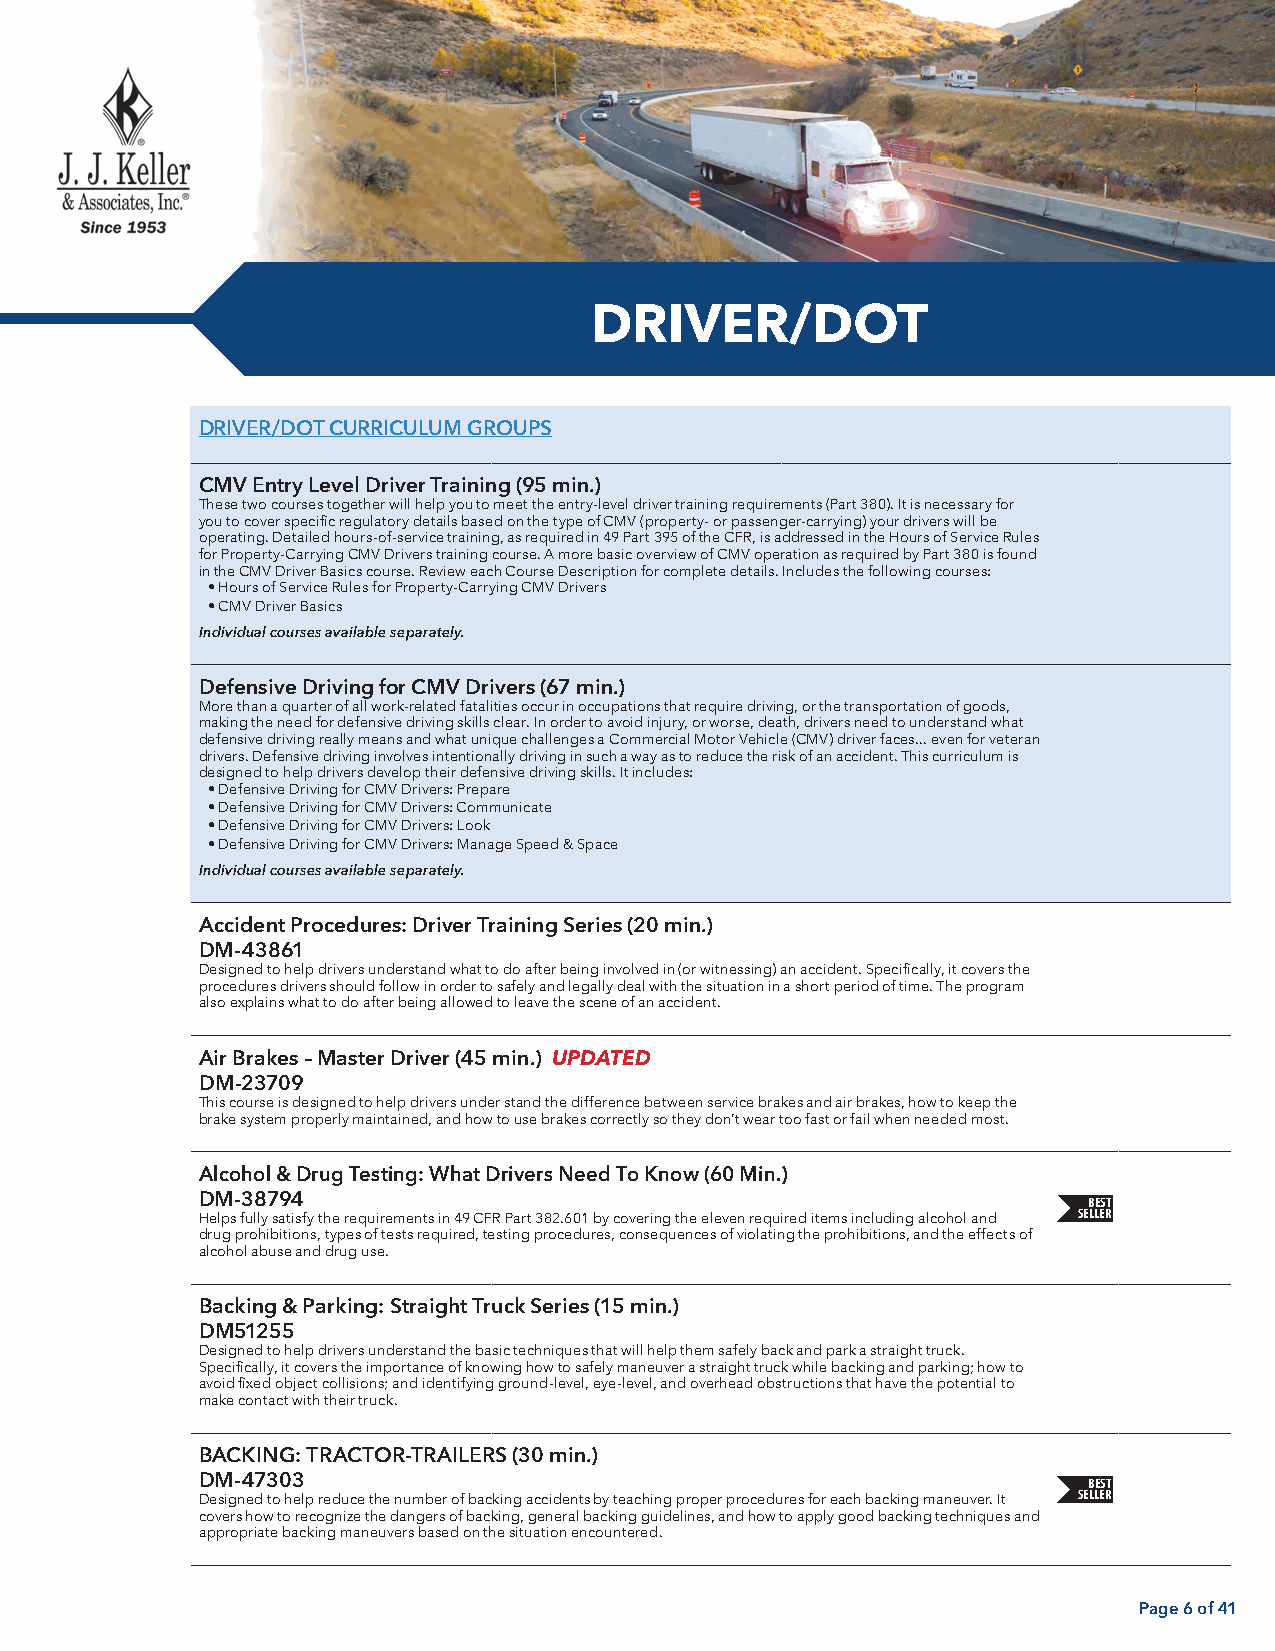
DRIVER/DOT
 DRIVER/DOT CURRICULUM GROUPS
 CMV Entry Level Driver Training (95 min.)
 These two courses together will help you to meet the entry-level driver training requirements (Part 380). It is necessary for
 you to cover specific regulatory details based on the type of CMV (property- or passenger-carrying) your drivers will be
 operating. Detailed hours-of-service training, as required in 49 Part 395 of the CFR, is addressed in the Hours of Service Rules
 for Property-Carrying CMV Drivers training course. A more basic overview of CMV operation as required by Part 380 is found
 in the CMV Driver Basics course. Review each Course Description for complete details. Includes the following courses:
 • Hours of Service Rules for Property-Carrying CMV Drivers
 • CMV Driver Basics
 Individual courses available separately.
 Defensive Driving for CMV Drivers (67 min.)
 More than a quarter of all work-related fatalities occur in occupations that require driving, or the transportation of goods,
 making the need for defensive driving skills clear. In order to avoid injury, or worse, death, drivers need to understand what
 defensive driving really means and what unique challenges a Commercial Motor Vehicle (CMV) driver faces... even for veteran
 drivers. Defensive driving involves intentionally driving in such a way as to reduce the risk of an accident. This curriculum is
 designed to help drivers develop their defensive driving skills. It includes:
 • Defensive Driving for CMV Drivers: Prepare
 • Defensive Driving for CMV Drivers: Communicate
 • Defensive Driving for CMV Drivers: Look
 • Defensive Driving for CMV Drivers: Manage Speed & Space
 Individual courses available separately.
 Accident Procedures: Driver Training Series (20 min.)
 DM-43861
 Designed to help drivers understand what to do after being involved in (or witnessing) an accident. Specifically, it covers the
 procedures drivers should follow in order to safely and legally deal with the situation in a short period of time. The program
 also explains what to do after being allowed to leave the scene of an accident.
 Air Brakes – Master Driver (45 min.) UPDATED
 DM-23709
 This course is designed to help drivers under stand the difference between service brakes and air brakes, how to keep the
 brake system properly maintained, and how to use brakes correctly so they don’t wear too fast or fail when needed most.
 Alcohol & Drug Testing: What Drivers Need To Know (60 Min.)
 DM-38794                                                   BEST
 SELLER
 Helps fully satisfy the requirements in 49 CFR Part 382.601 by covering the eleven required items including alcohol and
 drug prohibitions, types of tests required, testing procedures, consequences of violating the prohibitions, and the effects of
 alcohol abuse and drug use.
 Backing & Parking: Straight Truck Series (15 min.)
 DM51255
 Designed to help drivers understand the basic techniques that will help them safely back and park a straight truck.
 Specifically, it covers the importance of knowing how to safely maneuver a straight truck while backing and parking; how to
 avoid fixed object collisions; and identifying ground-level, eye-level, and overhead obstructions that have the potential to
 make contact with their truck.
 BACKING: TRACTOR-TRAILERS (30 min.)
 DM-47303                                                   BEST
 SELLER
 Designed to help reduce the number of backing accidents by teaching proper procedures for each backing maneuver. It
 covers how to recognize the dangers of backing, general backing guidelines, and how to apply good backing techniques and
 appropriate backing maneuvers based on the situation encountered.
 Page 6 of 41